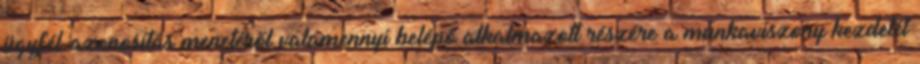
ügyfél-azonosítás menetéről valamennyi belépő alkalmazott részére a munkaviszony kezdetét